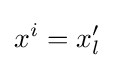
x^{i}=x_{l}^{\prime }